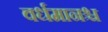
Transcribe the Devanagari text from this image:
वर्धमानश्च